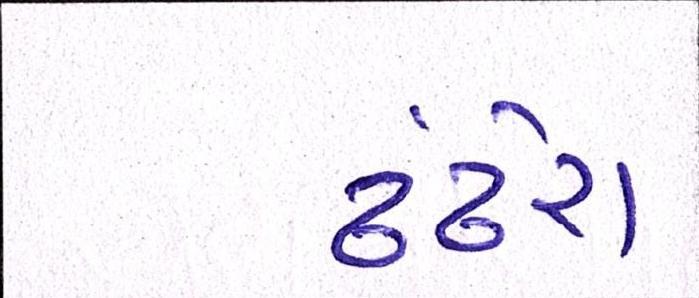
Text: ઢંઢેરા